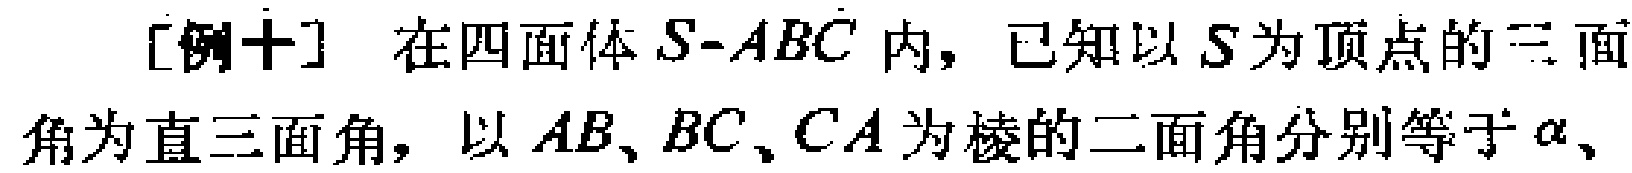
[例十] 在四面体 \(S - ABC\) 内，已知以 \(S\) 为顶点的三面角为直三面角，以 \(AB、BC、CA\) 为棱的二面角分别等于 \(\alpha\)、